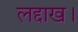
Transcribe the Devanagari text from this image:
लद्दाख।